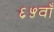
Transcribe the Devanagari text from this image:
६५वाँ